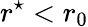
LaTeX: r^{\star}<r_{0}